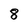
Character: 8